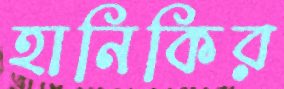
হানিকির